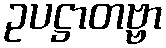
ဥပဋ္ဌာတဗ္ဗာ